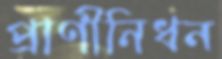
প্রাণীনিধন